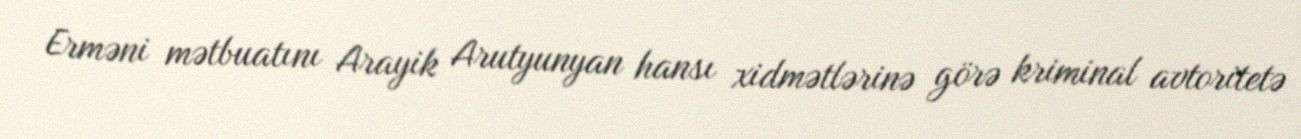
Erməni mətbuatını Arayik Arutyunyan hansı xidmətlərinə görə kriminal avtoritetə